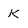
Character: k